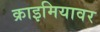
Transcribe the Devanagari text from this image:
क्राइमियावर